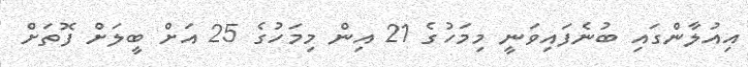
އިއުލާންގައި ބުނެފައިވަނީ މިމަހުގެ 21 އިން މިމަހުގެ 25 އަށް ބީލަށް ފޮތަށް